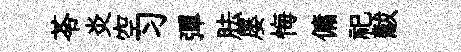
苓炎空习彈胠屡悔傭祀黻